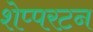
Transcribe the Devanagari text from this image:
शेप्परटन